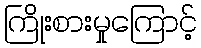
ကြိုးစားမှုကြောင့်